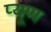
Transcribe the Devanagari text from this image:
प्यूण